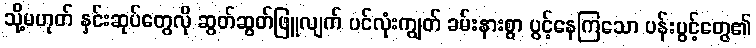
သို့မဟုတ် နှင်းဆုပ်တွေလို ဆွတ်ဆွတ်ဖြူလျက် ပင်လုံးကျွတ် ခမ်းနားစွာ ပွင့်နေကြသော ပန်းပွင့်တွေ၏